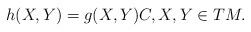
LaTeX: \begin{align*}h(X,Y)=g(X,Y)C, X,Y\in TM.\end{align*}